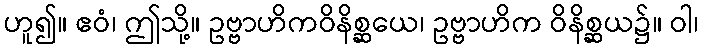
ဟူ၍။ ဧဝံ၊ ဤသို့။ ဥဗ္ဗာဟိကဝိနိစ္ဆယေ၊ ဥဗ္ဗာဟိက ဝိနိစ္ဆယ၌။ ဝါ၊